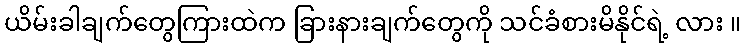
ယိမ်းခါချက်တွေကြားထဲက ခြားနားချက်တွေကို သင်ခံစားမိနိုင်ရဲ့ လား ။